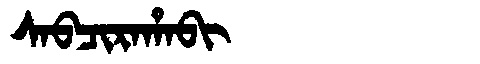
Manchu: ᠰᠠᠪᠴᡳᡵᠠᡥᠠᠪᡳ
Romanization: SABCIRAHABI